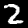
Digit: 2